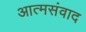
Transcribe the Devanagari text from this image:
आत्मसंवाद